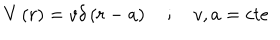
LaTeX: V \left( r \right) = v \delta \left( r - a \right) \quad ; \quad v , a = c t e